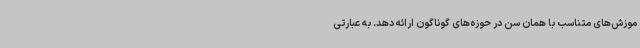
موزش‌های متناسب با همان سن در حوزه‌های گوناگون ارائه دهد. به عبارتی